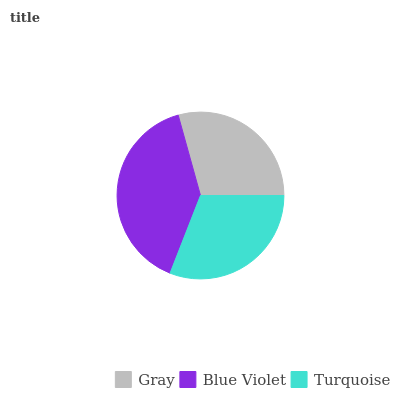
| Gray | Blue Violet | Turquoise |
 | --- | --- | --- |
 | 29.3% | 39.8% | 30.9% |